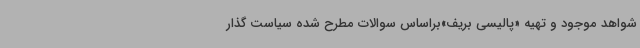
شواهد موجود و تهیه «پالیسی بریف»براساس سوالات مطرح شده سیاست گذار